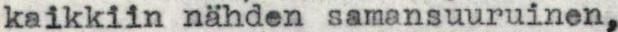
kaikkiin nähden samansuuruinen,